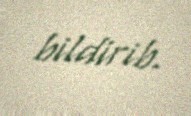
bildirib.